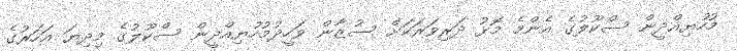
މުހުޔިއްދީން ސްކޫލުގެ އެންމެ މޮޅު ދަރިވަރަކަށް ސުޒާން ވަހީދުމުހުޔިއްދީން ސްކޫލުގެ މިދިޔަ އަހަރުގެ